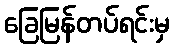
ခြေမြန်တပ်ရင်းမှ